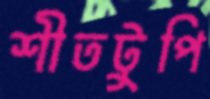
শীতটুপি